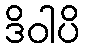
ဒိဝါပိ